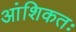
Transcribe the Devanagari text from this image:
आंशिकतः